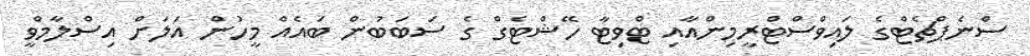
ސްނެޕްޗެޓްގެ ލައިވްސްޓްރީމިންއާއި ޓްވިޓާ ހޭޝްޓެގް ގެ ސަބަބުން ބައެއް މީހުން އަލަށް އިސްލާމްވީ